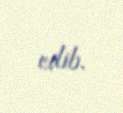
edib.